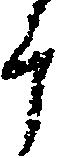
斗